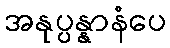
အနုပ္ပန္နာနံပေ